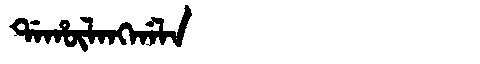
Manchu: ᡩᠠᡥᡡᠯᠠᠩᡤᠠᠯᠠ
Romanization: DAHŪLANGGALA